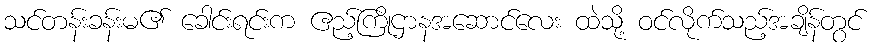
သင်တန်းခန်းမ၏ ခေါင်းရင်းက ဧည့်ကြိုဌာနအဆောင်လေး ထဲသို့ ဝင်လိုက်သည့်အချိန်တွင်